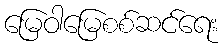
မြေဝါမြေစစ်ဆင်ရေး